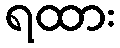
ရထား